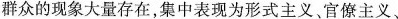
群众的现象大量存在，集中表现为形式主义、官僚主义、